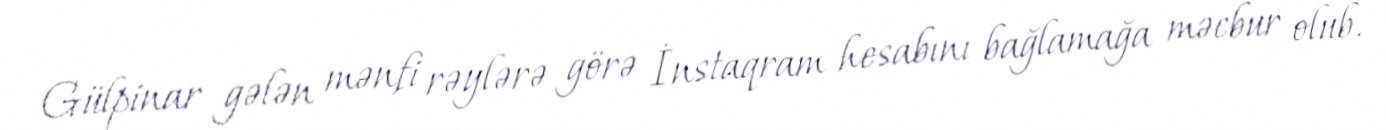
Gülpinar gələn mənfi rəylərə görə İnstaqram hesabını bağlamağa məcbur olub.